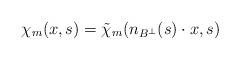
LaTeX: \begin{align*}\chi_m(x,s) = \tilde{\chi}_m(n_{B^\perp}(s) \cdot x, s)\end{align*}